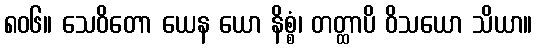
၈၀၆။ သေဝိတော ယေန ယော နိစ္စံ၊ တတ္ထာပိ ဝိသယော သိယာ။